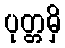
ပုတ္တမှိ